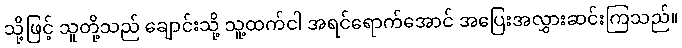
သို့ဖြင့် သူတို့သည် ချောင်းသို့ သူ့ထက်ငါ အရင်ရောက်အောင် အပြေးအလွှားဆင်းကြသည်။